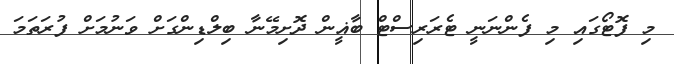
މި ފޮޓޯގައި މި ފެންނަނީ ޓެރަރިސްޓް ބާޣީން ދޮށިމޭނާ ބިލްޑިންގަށް ވަނުމަށް ފުރަތަމަ